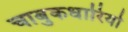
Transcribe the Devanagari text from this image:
चाबुकधारियो